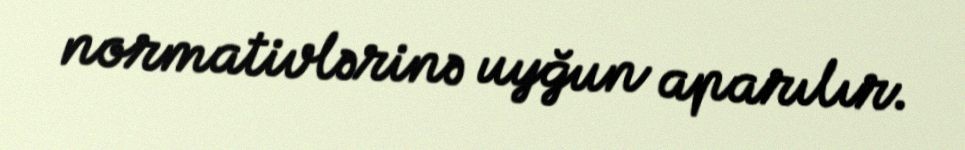
normativlərinə uyğun aparılır.